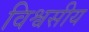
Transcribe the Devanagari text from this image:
विश्वसीय